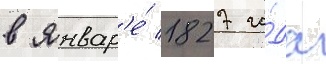
в январ'е́ 1827 го́да